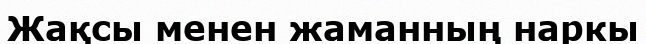
Жақсы менен жаманның наркы